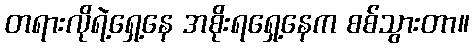
တရားလိုရဲ့ရှေ့နေ အစိုးရရှေ့နေက စစ်သွားတာ။